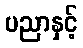
ပညာနှင့်